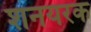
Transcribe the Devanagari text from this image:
शनयरक